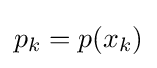
{\textstyle p_{k}=p(x_{k})}